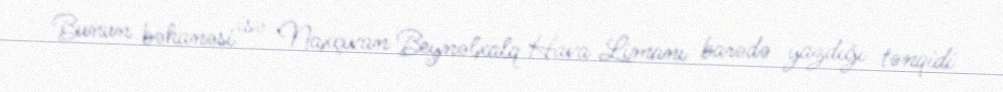
Bunun bəhanəsi isə Naxçıvan Beynəlxalq Hava Limanı barədə yazdığı tənqidi